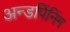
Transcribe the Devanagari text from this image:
अन्डर्पिनिंग